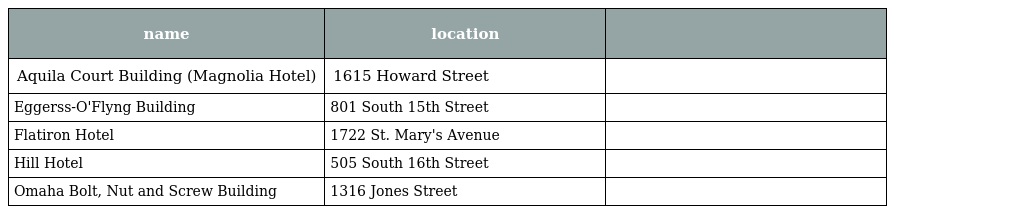
| name | location |  |
 | --- | --- | --- |
 | Aquila Court Building (Magnolia Hotel) | 1615 Howard Street |  |
 | Eggerss-O'Flyng Building | 801 South 15th Street |  |
 | Flatiron Hotel | 1722 St. Mary's Avenue |  |
 | Hill Hotel | 505 South 16th Street |  |
 | Omaha Bolt, Nut and Screw Building | 1316 Jones Street |  |